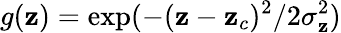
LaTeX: g(\mathbf{z})=\exp(-(\mathbf{z}-\mathbf{z}_{c})^{2}/2\sigma_{\mathbf{z}}^{2})